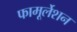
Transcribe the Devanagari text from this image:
फामूर्लेशन